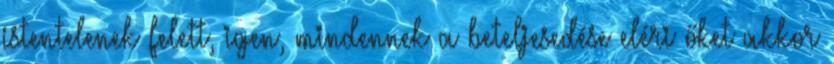
istentelenek felett, igen, mindennek a beteljesedése eléri őket akkor